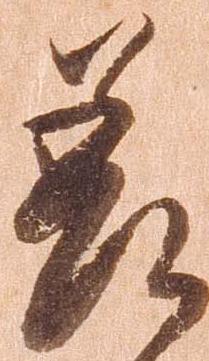
差